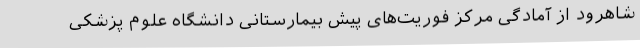
شاهرود از آمادگی مرکز فوریت‌های پیش بیمارستانی دانشگاه علوم پزشکی